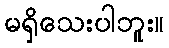
မရှိသေးပါဘူး။